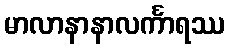
မာလာနာနာလင်္ကာရဿ